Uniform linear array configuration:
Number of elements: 8
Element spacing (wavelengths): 0.25
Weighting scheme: uniform
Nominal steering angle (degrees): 30
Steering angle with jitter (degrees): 31.703
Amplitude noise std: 0.05
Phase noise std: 0.05

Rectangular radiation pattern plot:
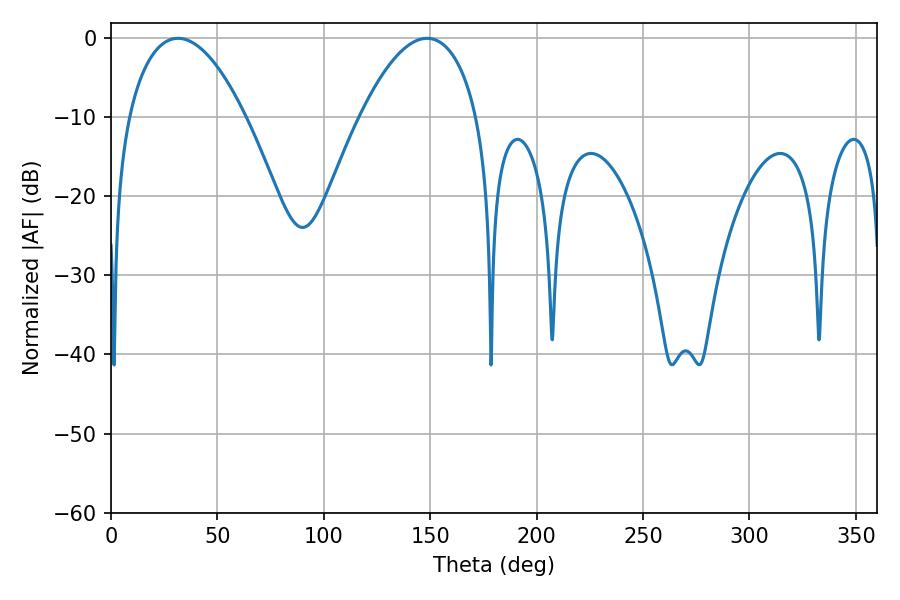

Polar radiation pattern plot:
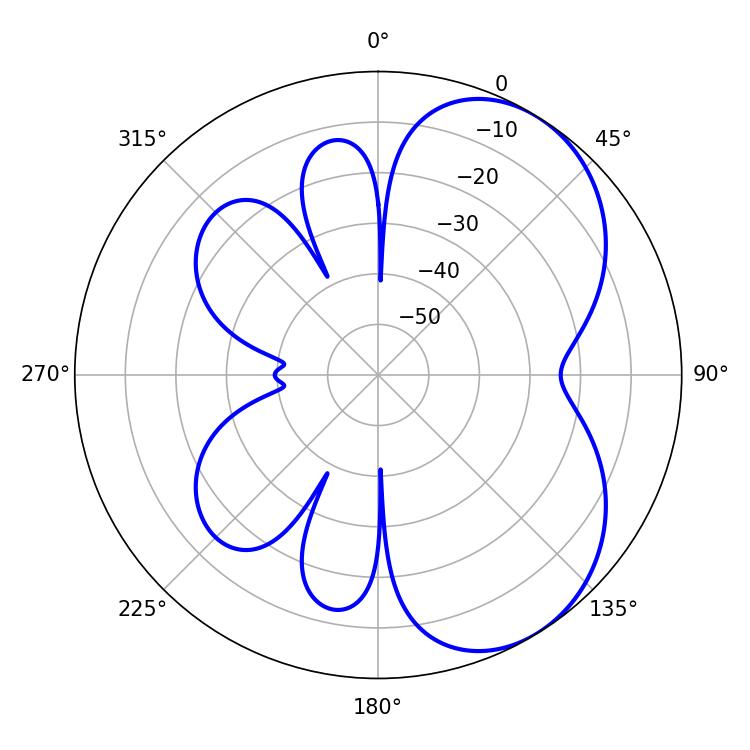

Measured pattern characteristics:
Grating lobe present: FALSE
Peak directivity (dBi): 5.238
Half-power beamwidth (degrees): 30.78
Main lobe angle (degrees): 31.5